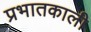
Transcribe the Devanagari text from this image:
प्रभातकाली